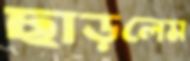
ছাড়লেম